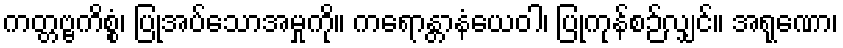
ကတ္တဗ္ဗကိစ္စံ၊ ပြုအပ်သောအမှုကို။ ကရောန္တာနံယေဝါ၊ ပြုကုန်စဉ်လျှင်။ အရုဏော၊